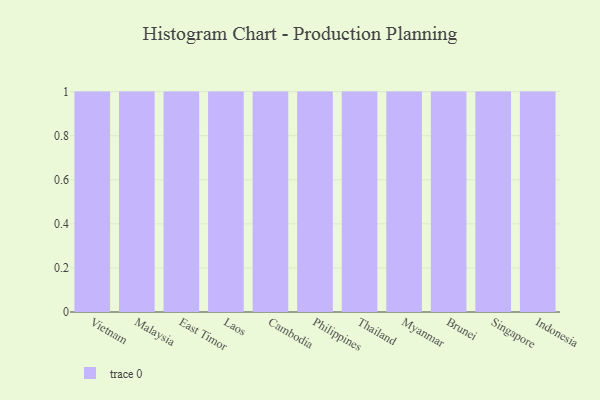
{"axis": {"x": "Country", "y": "Customer Acquisition Cost (USD)"}, "legend": [""], "data": [{"x": "Vietnam", "y": 69, "type": ""}, {"x": "Malaysia", "y": 94, "type": ""}, {"x": "East Timor", "y": 96, "type": ""}, {"x": "Laos", "y": 46, "type": ""}, {"x": "Cambodia", "y": 91, "type": ""}, {"x": "Philippines", "y": 95, "type": ""}, {"x": "Thailand", "y": 44, "type": ""}, {"x": "Myanmar", "y": 76, "type": ""}, {"x": "Brunei", "y": 62, "type": ""}, {"x": "Singapore", "y": 99, "type": ""}, {"x": "Indonesia", "y": 70, "type": ""}]}